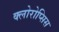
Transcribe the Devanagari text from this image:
क्लोरोप्सिस